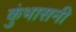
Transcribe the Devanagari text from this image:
कुंभासनी